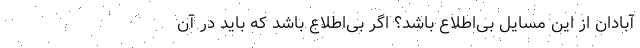
آبادان از این مسایل بی‌اطلاع باشد؟ اگر بی‌اطلاع باشد که باید درِ آن